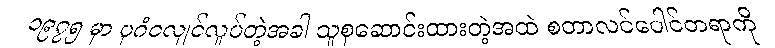
၁၉၇၅ မှာ ပုဂံငလျင်လှုပ်တဲ့အခါ သူစုဆောင်းထားတဲ့အထဲ စတာလင်ပေါင်တရာကို